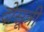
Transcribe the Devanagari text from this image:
दोसूत्री